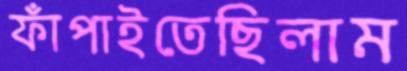
ফাঁপাইতেছিলাম